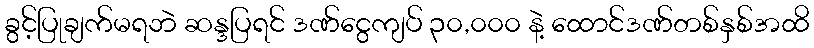
ခွင့်ပြုချက်မရဘဲ ဆန္ဒပြရင် ဒဏ်ငွေကျပ် ၃၀,၀၀၀ နဲ့ ထောင်ဒဏ်တစ်နှစ်အထိ